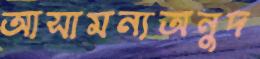
আসামন্যঅনুদ